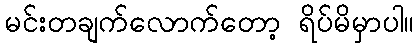
မင်းတချက်လောက်တော့ ရိပ်မိမှာပါ။